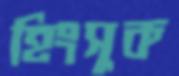
হিংসুক